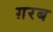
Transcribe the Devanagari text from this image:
ग़रब